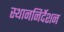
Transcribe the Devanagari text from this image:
स्थाननिर्देशन